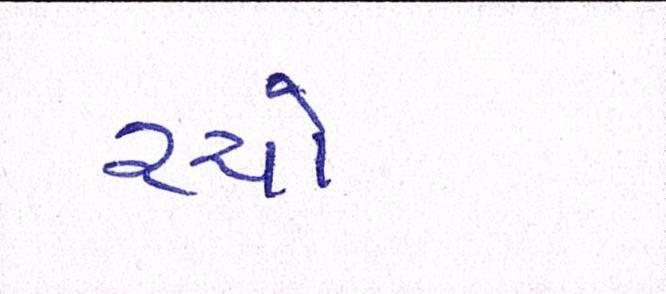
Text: રચો